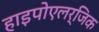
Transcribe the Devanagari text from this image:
हाइपोएलर्जिक